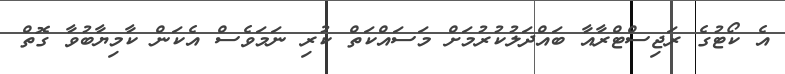
އެ ކޯޓުގެ ރަޖިސްޓްރާއާ ބައްދަލުކުރުމަށް މަސައްކަތް ކުރި ނަމަވެސް އެކަން ކާމިޔާބުވާ ގޮތް